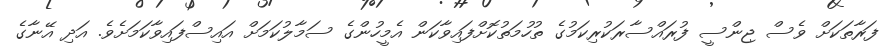
ފަރާތަކަށް ވެސް ޖިންސީ ފުރައްސާރަކުރިކަމުގެ ތުހުމަތުކޮށްފައިވާކަން އެމީހުންގެ ސަމާލުކަމަށް އައިސްފައިވާކަމަށެވެ. އަދި އޭނާގެ